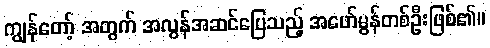
ကျွန်တော့် အတွက် အလွန်အဆင်ပြေသည့် အဖော်မွန်တစ်ဦးဖြစ်၏။